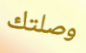
وصلتك